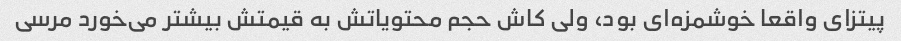
پیتزای واقعا‌ خوشمزه‌ای بود، ولی کاش حجم محتویاتش به قیمتش بیشتر می‌خورد مرسی